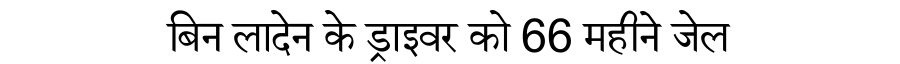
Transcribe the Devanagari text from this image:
बिन लादेन के ड्राइवर को 66 महीने जेल